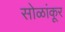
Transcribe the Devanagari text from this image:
सोळांकूर